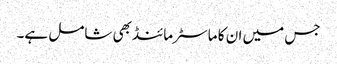
جس میں ان کا ماسٹرمائنڈ بھی شامل ہے۔